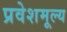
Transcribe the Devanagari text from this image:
प्रवेशमूल्य